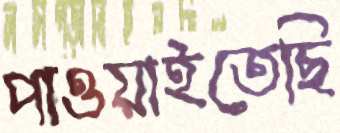
পাওয়াইতেছি